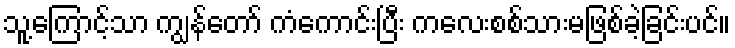
သူ့ကြောင့်သာ ကျွန်တော် ကံကောင်းပြီး ကလေးစစ်သားမဖြစ်ခဲ့ခြင်းပင်။